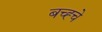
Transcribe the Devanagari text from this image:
बच्ह्चे